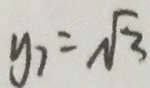
y _ { 7 } = \sqrt { 3 }